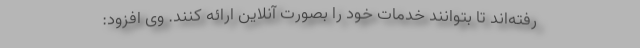
رفته‌اند تا بتوانند خدمات خود را بصورت آنلاین ارائه کنند. وی افزود: